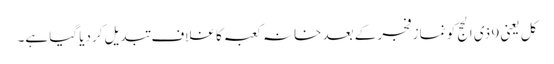
کل یعنی 9 ذی الحج کو نماز فجر کے بعد خانہ کعبہ کا غلاف تبدیل کردیا گیا ہے۔